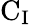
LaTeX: \mathrm{C_{I}}